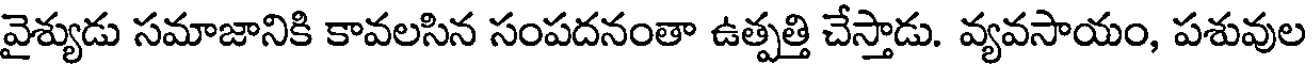
వైశ్యుడు సమాజానికి కావలసిన సంపదనంతా ఉత్పత్తి చేస్తాడు. వ్యవసాయం, పశువుల